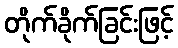
တိုက်ခိုက်ခြင်းဖြင့်